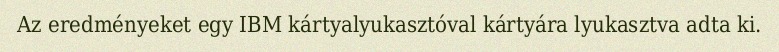
Az eredményeket egy IBM kártyalyukasztóval kártyára lyukasztva adta ki.